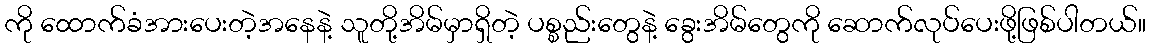
ကို ထောက်ခံအားပေးတဲ့အနေနဲ့ သူတို့အိမ်မှာရှိတဲ့ ပစ္စည်းတွေနဲ့ ခွေးအိမ်တွေကို ဆောက်လုပ်ပေးဖို့ဖြစ်ပါတယ်။